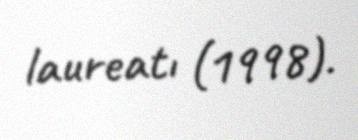
laureatı (1998).